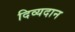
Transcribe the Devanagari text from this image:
दिव्यदान